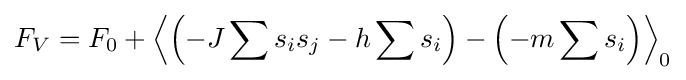
F_{V}=F_{0}+\left\langle \left(-J\sum s_{i}s_{j}-h\sum s_{i}\right)-\left(-m\sum s_{i}\right)\right\rangle _{0}